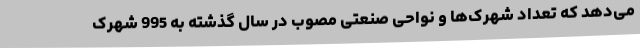
می‌دهد که تعداد شهرک‌ها و نواحی صنعتی مصوب در سال گذشته به 995 شهرک